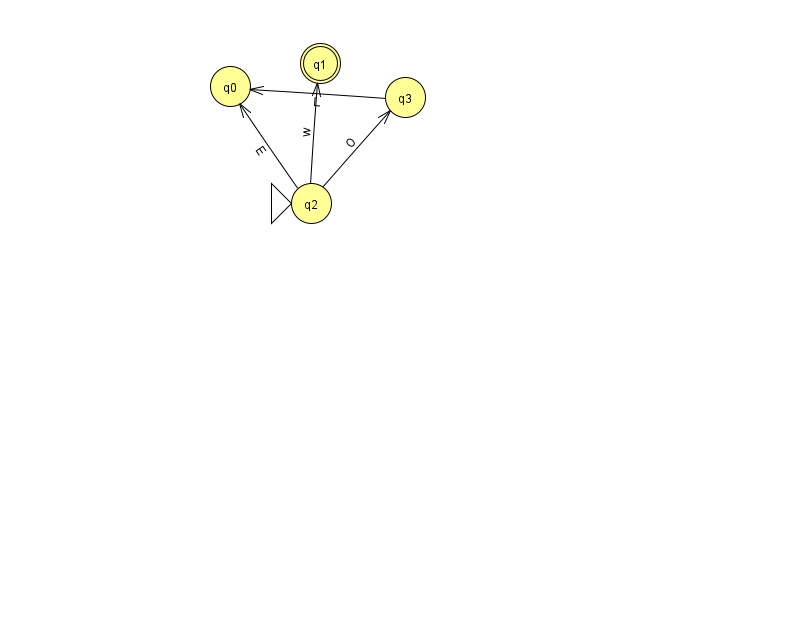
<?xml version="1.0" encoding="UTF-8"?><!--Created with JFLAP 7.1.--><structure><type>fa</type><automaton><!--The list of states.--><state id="0" name="q0"><x>230.0</x><y>73.0</y></state><state id="1" name="q1"><x>320.0</x><y>50.0</y><final/></state><state id="2" name="q2"><x>311.0</x><y>190.0</y><initial/></state><state id="3" name="q3"><x>405.0</x><y>84.0</y></state><!--The list of transitions.--><transition><from>2</from><to>1</to><read>w</read></transition><transition><from>2</from><to>3</to><read>O</read></transition><transition><from>2</from><to>0</to><read>E</read></transition><transition><from>3</from><to>0</to><read>L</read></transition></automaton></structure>